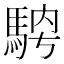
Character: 𩣁